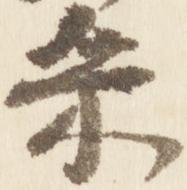
采